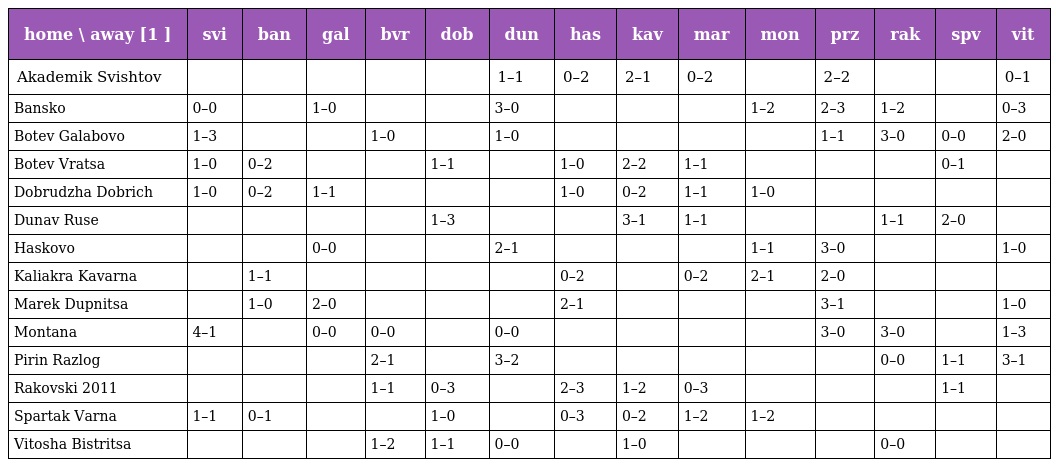
| home \ away [1 ] | svi | ban | gal | bvr | dob | dun | has | kav | mar | mon | prz | rak | spv | vit |
 | --- | --- | --- | --- | --- | --- | --- | --- | --- | --- | --- | --- | --- | --- | --- |
 | Akademik Svishtov |  |  |  |  |  | 1–1 | 0–2 | 2–1 | 0–2 |  | 2–2 |  |  | 0–1 |
 | Bansko | 0–0 |  | 1–0 |  |  | 3–0 |  |  |  | 1–2 | 2–3 | 1–2 |  | 0–3 |
 | Botev Galabovo | 1–3 |  |  | 1–0 |  | 1–0 |  |  |  |  | 1–1 | 3–0 | 0–0 | 2–0 |
 | Botev Vratsa | 1–0 | 0–2 |  |  | 1–1 |  | 1–0 | 2–2 | 1–1 |  |  |  | 0–1 |  |
 | Dobrudzha Dobrich | 1–0 | 0–2 | 1–1 |  |  |  | 1–0 | 0–2 | 1–1 | 1–0 |  |  |  |  |
 | Dunav Ruse |  |  |  |  | 1–3 |  |  | 3–1 | 1–1 |  |  | 1–1 | 2–0 |  |
 | Haskovo |  |  | 0–0 |  |  | 2–1 |  |  |  | 1–1 | 3–0 |  |  | 1–0 |
 | Kaliakra Kavarna |  | 1–1 |  |  |  |  | 0–2 |  | 0–2 | 2–1 | 2–0 |  |  |  |
 | Marek Dupnitsa |  | 1–0 | 2–0 |  |  |  | 2–1 |  |  |  | 3–1 |  |  | 1–0 |
 | Montana | 4–1 |  | 0–0 | 0–0 |  | 0–0 |  |  |  |  | 3–0 | 3–0 |  | 1–3 |
 | Pirin Razlog |  |  |  | 2–1 |  | 3–2 |  |  |  |  |  | 0–0 | 1–1 | 3–1 |
 | Rakovski 2011 |  |  |  | 1–1 | 0–3 |  | 2–3 | 1–2 | 0–3 |  |  |  | 1–1 |  |
 | Spartak Varna | 1–1 | 0–1 |  |  | 1–0 |  | 0–3 | 0–2 | 1–2 | 1–2 |  |  |  |  |
 | Vitosha Bistritsa |  |  |  | 1–2 | 1–1 | 0–0 |  | 1–0 |  |  |  | 0–0 |  |  |